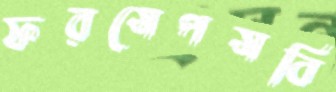
ফরসেপসবি